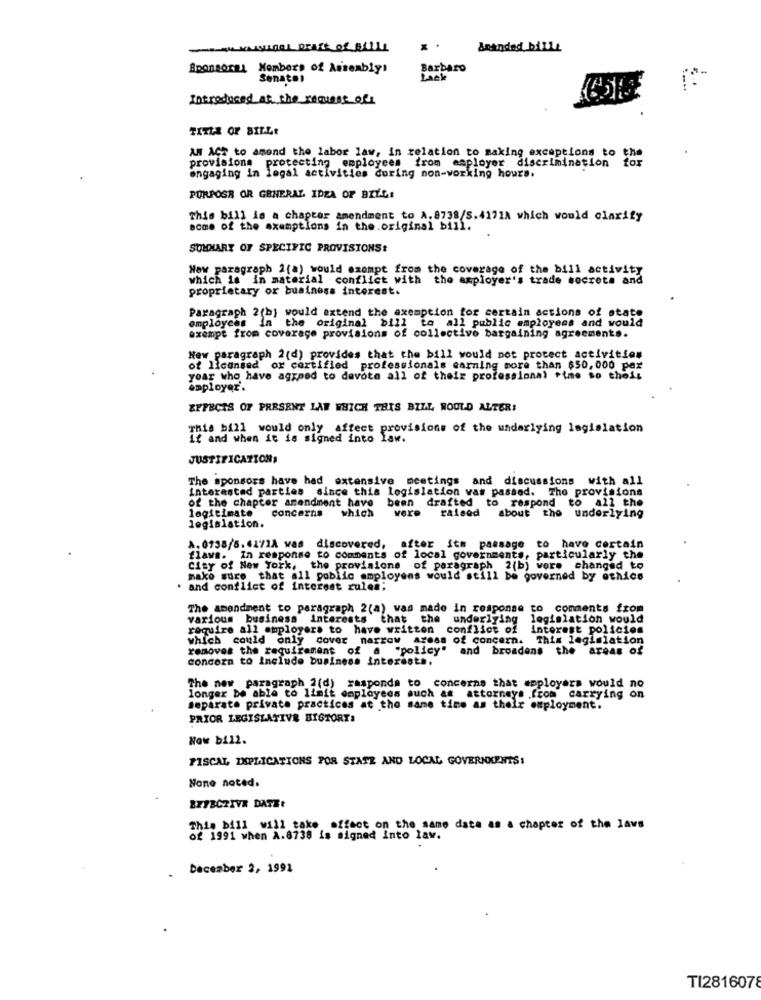
Amandad billt
Sponsoral Members of Assembly's
Barbaro
Senaten
Introduced at the request of
TITLE OF BILLE
AN ACT to amend the labor law, in relation to making exceptions to the
provisions protecting employees from employer discrimination for
engaging in legal activities during non-working hours.
PURPOSE OR GENERAL IDEA OF BILGI
This bill is a chapter amendment to A.8738/8.41718 which would clarity
some of the exemptions in the.original bill.
SUMMARY OF SPECIFIC PROVISIONS:
New paragraph 2(a) would exempt from the coverage of the bill activity
which is in material conflict with the employer's trade secrets and
proprietary or business interest.
Paragraph 2(b) would extend the exemption for certain actions of state
employees
the original bill to all public employees and would
exempt from coverage provisions of collective bargaining agreements.
New paragraph 2(d) provides that the bill would not protect activities
of licensed or cortified professionals earning more than $50,000 pex
yoar who have agreed to devote all of their professional time so thois
employer'.
EFFECTS OF PRESENT LAW WHICH THIS BILL WOULD ALTER!
This bill would only affect provisions of the underlying legislation
it and when it is signed into law.
JUSTIFICATION,
The sponsors have had extensive meetings and discussions with all
Interested parties since this legislation was passed. The provisions
of the chapter amendment have been drafted to respond to all the
concerns which were
raised about the underlying
legitimate
legislation.
A. 0738/5.4171A was discovered, after its passage to have certain
flaws. In response to comments of local governments, particularly the
City of New York, the provisions of paragraph 2(b) vore changed to
make sure that all public amployens would still be governed by ethics
. and conflict of interest rules.
The amendment to paragraph 2(a) was made in response to comments from
various business interests that the underlying
legislation would
require all employers to have written
conflict of
interest policion
which could only cover narrow areas of concern. This legislation
removes the requirement of a "policy" and broadens the areas of
concoza to Include business interests.
The new paragraph 2(d) zasponda to concerns that employers would no
longer be able to limit employees auch at attorneys from carrying on
separate private practices at the same time as their employment.
PRIOR LEGISLATIVE BIGTORT:
Now bill.
FISCAL, DIPLICATIONS POR STATE AND LOCAL GOVERNMENTS:
None noted.
BE/BCZIVA DATE+
This bill will take effect on the same data as a chapter of the laws
of 1991 when A.8738 is signed into law.
December 2, 1991
TI2816078